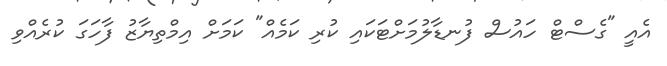
އެއީ "ގެސްޓް ހައުސް ފުނޑާލުމަށްޓަކައި ކުރި ކަމެއް" ކަމަށް އިމްތިޔާޒު ފާހަގަ ކުރެއްވި